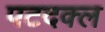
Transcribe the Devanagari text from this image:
पटदक्ल